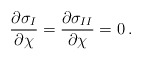
\begin{align*}{\partial\sigma_I \over \partial\chi} ={\partial\sigma_{II} \over \partial\chi} = 0\,.\end{align*}